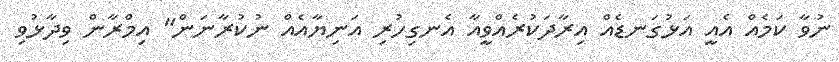
ނުވާ ކަމެއް އެއީ އަޅުގަނޑެއް އިރާދަކުރެއްވީއާ އެނގިހުރި އަނިޔާއެއް ނުކުރާނަން" އިމްރާން ވިދާޅުވި